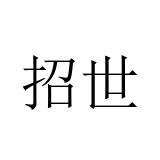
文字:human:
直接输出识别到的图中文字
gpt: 招世